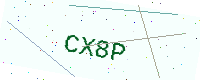
Text: CX8P